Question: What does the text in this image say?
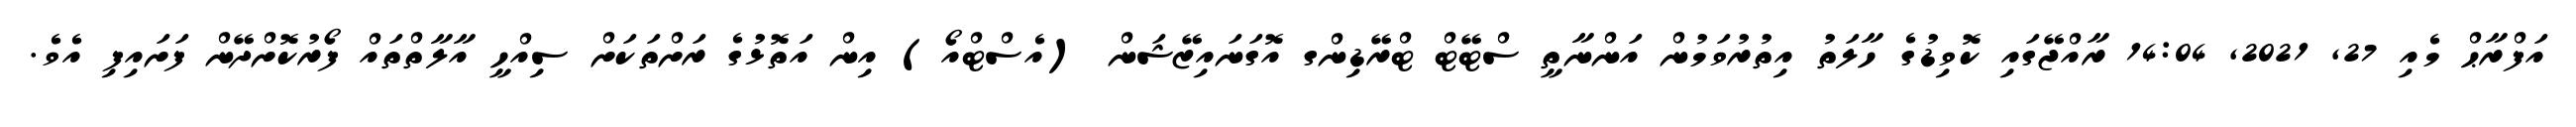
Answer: އަފްރާޙް މެއި 27, 2021, 14:04 ރާއްޖޭގައި ކޮވިޑުގެ ހާލަތު އިތުރުވަމުން އަންނާތީ ސްޓޭޓް ޓްރޭޑިންގ އޮގަނައިޒޭޝަން (އެސްޓްއޯ) އިން އަތޮޅުގެ ރަށްތަކަށް ސިއްހީ އާލާތްތައް ފޯރުކޮށްދޭން ފަށައިފި އެވެ.